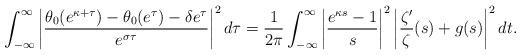
LaTeX: \begin{align*} \int_{-\infty}^\infty \left| \frac{\theta_0(e^{\kappa+\tau})-\theta_0(e^\tau)-\delta e^\tau}{e^{\sigma\tau}} \right|^2 d\tau = \frac{1}{2\pi} \int_{-\infty}^\infty \left| \frac{e^{\kappa s}-1}{s} \right|^2 \left| \frac{\zeta'}{\zeta}(s) + g(s) \right|^2 dt.\end{align*}